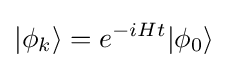
|\phi _{k}\rangle =e^{-iHt}|\phi _{0}\rangle